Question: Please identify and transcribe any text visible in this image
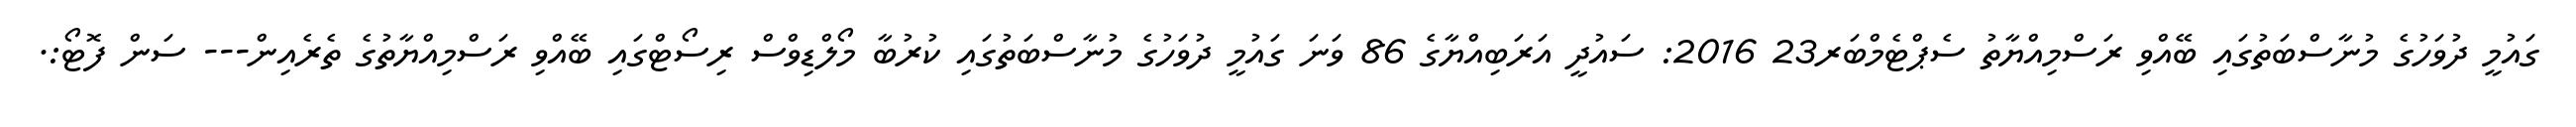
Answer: ގައުމީ ދުވަހުގެ މުނާސްބަތުގައި ބޭއްވި ރަސްމިއްޔާތު ސެޕްޓެމްބަރ23 2016: ސައުދީ އަރަބިއްޔާގެ 86 ވަނަ ގައުމީ ދުވަހުގެ މުނާސްބަތުގައި ކުރުބާ މޯލްޑިވްސް ރިސޯޓްގައި ބޭއްވި ރަސްމިއްޔާތުގެ ތެރެއިން--- ސަން ފޮޓޯ:.